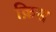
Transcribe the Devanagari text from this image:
क़िस